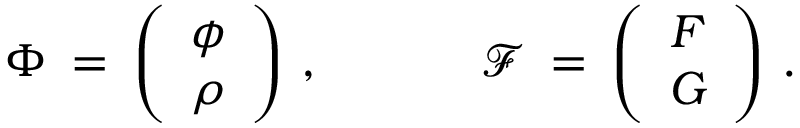
\Phi \: = \: \left( \begin{array} { l } { { \phi } } \\ { { \rho } } \end{array} \right) \, , \: \: \: \: \: \: \: \: \: \: \: \: \: \: \: \mathcal { F } \: = \: \left( \begin{array} { c } { { F } } \\ { { G } } \end{array} \right) \, .